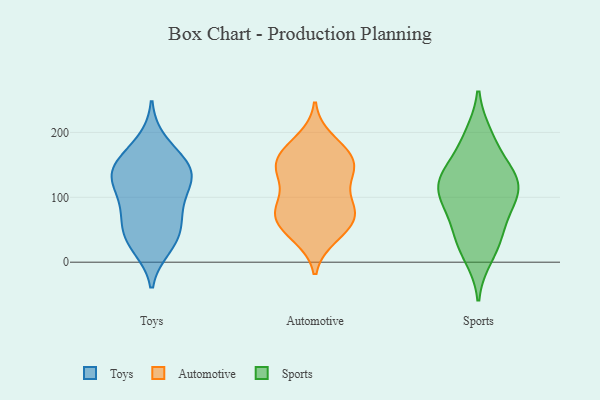
{"axis": {"x": "Gross Profit (USD K)", "y": "Value"}, "legend": ["Automotive", "Sports", "Toys"], "data": [{"x": "", "y": 65, "type": "Toys"}, {"x": "", "y": 132, "type": "Toys"}, {"x": "", "y": 163, "type": "Toys"}, {"x": "", "y": 117, "type": "Toys"}, {"x": "", "y": 33, "type": "Toys"}, {"x": "", "y": 90, "type": "Toys"}, {"x": "", "y": 56, "type": "Toys"}, {"x": "", "y": 139, "type": "Toys"}, {"x": "", "y": 89, "type": "Toys"}, {"x": "", "y": 135, "type": "Toys"}, {"x": "", "y": 145, "type": "Toys"}, {"x": "", "y": 24, "type": "Toys"}, {"x": "", "y": 185, "type": "Toys"}, {"x": "", "y": 140, "type": "Toys"}, {"x": "", "y": 36, "type": "Toys"}, {"x": "", "y": 75, "type": "Automotive"}, {"x": "", "y": 39, "type": "Automotive"}, {"x": "", "y": 87, "type": "Automotive"}, {"x": "", "y": 159, "type": "Automotive"}, {"x": "", "y": 44, "type": "Automotive"}, {"x": "", "y": 161, "type": "Automotive"}, {"x": "", "y": 136, "type": "Automotive"}, {"x": "", "y": 137, "type": "Automotive"}, {"x": "", "y": 80, "type": "Automotive"}, {"x": "", "y": 84, "type": "Automotive"}, {"x": "", "y": 172, "type": "Automotive"}, {"x": "", "y": 189, "type": "Automotive"}, {"x": "", "y": 62, "type": "Automotive"}, {"x": "", "y": 137, "type": "Automotive"}, {"x": "", "y": 134, "type": "Automotive"}, {"x": "", "y": 85, "type": "Automotive"}, {"x": "", "y": 165, "type": "Automotive"}, {"x": "", "y": 55, "type": "Automotive"}, {"x": "", "y": 141, "type": "Sports"}, {"x": "", "y": 33, "type": "Sports"}, {"x": "", "y": 128, "type": "Sports"}, {"x": "", "y": 194, "type": "Sports"}, {"x": "", "y": 137, "type": "Sports"}, {"x": "", "y": 61, "type": "Sports"}, {"x": "", "y": 187, "type": "Sports"}, {"x": "", "y": 119, "type": "Sports"}, {"x": "", "y": 88, "type": "Sports"}, {"x": "", "y": 10, "type": "Sports"}, {"x": "", "y": 34, "type": "Sports"}, {"x": "", "y": 91, "type": "Sports"}, {"x": "", "y": 118, "type": "Sports"}, {"x": "", "y": 109, "type": "Sports"}]}